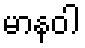
မာနဝါ